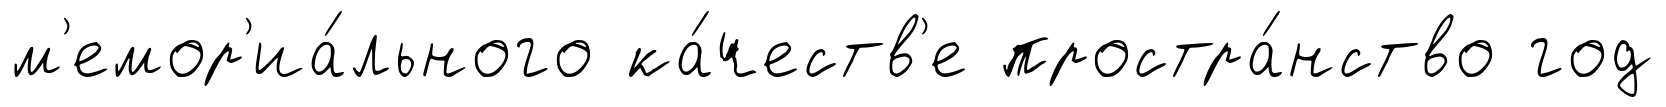
м'емор'иа́льного ка́честв'е простра́нство год